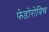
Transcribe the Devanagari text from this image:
फेडोरोविच